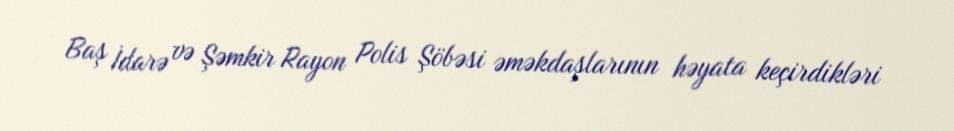
Baş İdarə və Şəmkir Rayon Polis Şöbəsi əməkdaşlarının həyata keçirdikləri